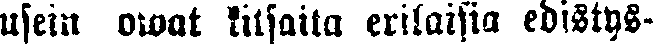
usein owat kitsaita erilaisia edistys-